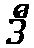
ဒီ